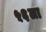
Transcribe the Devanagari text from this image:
५६ला